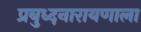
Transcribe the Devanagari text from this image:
प्रबुध्दनारायणाला